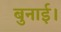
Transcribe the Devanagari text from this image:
बुनाई।